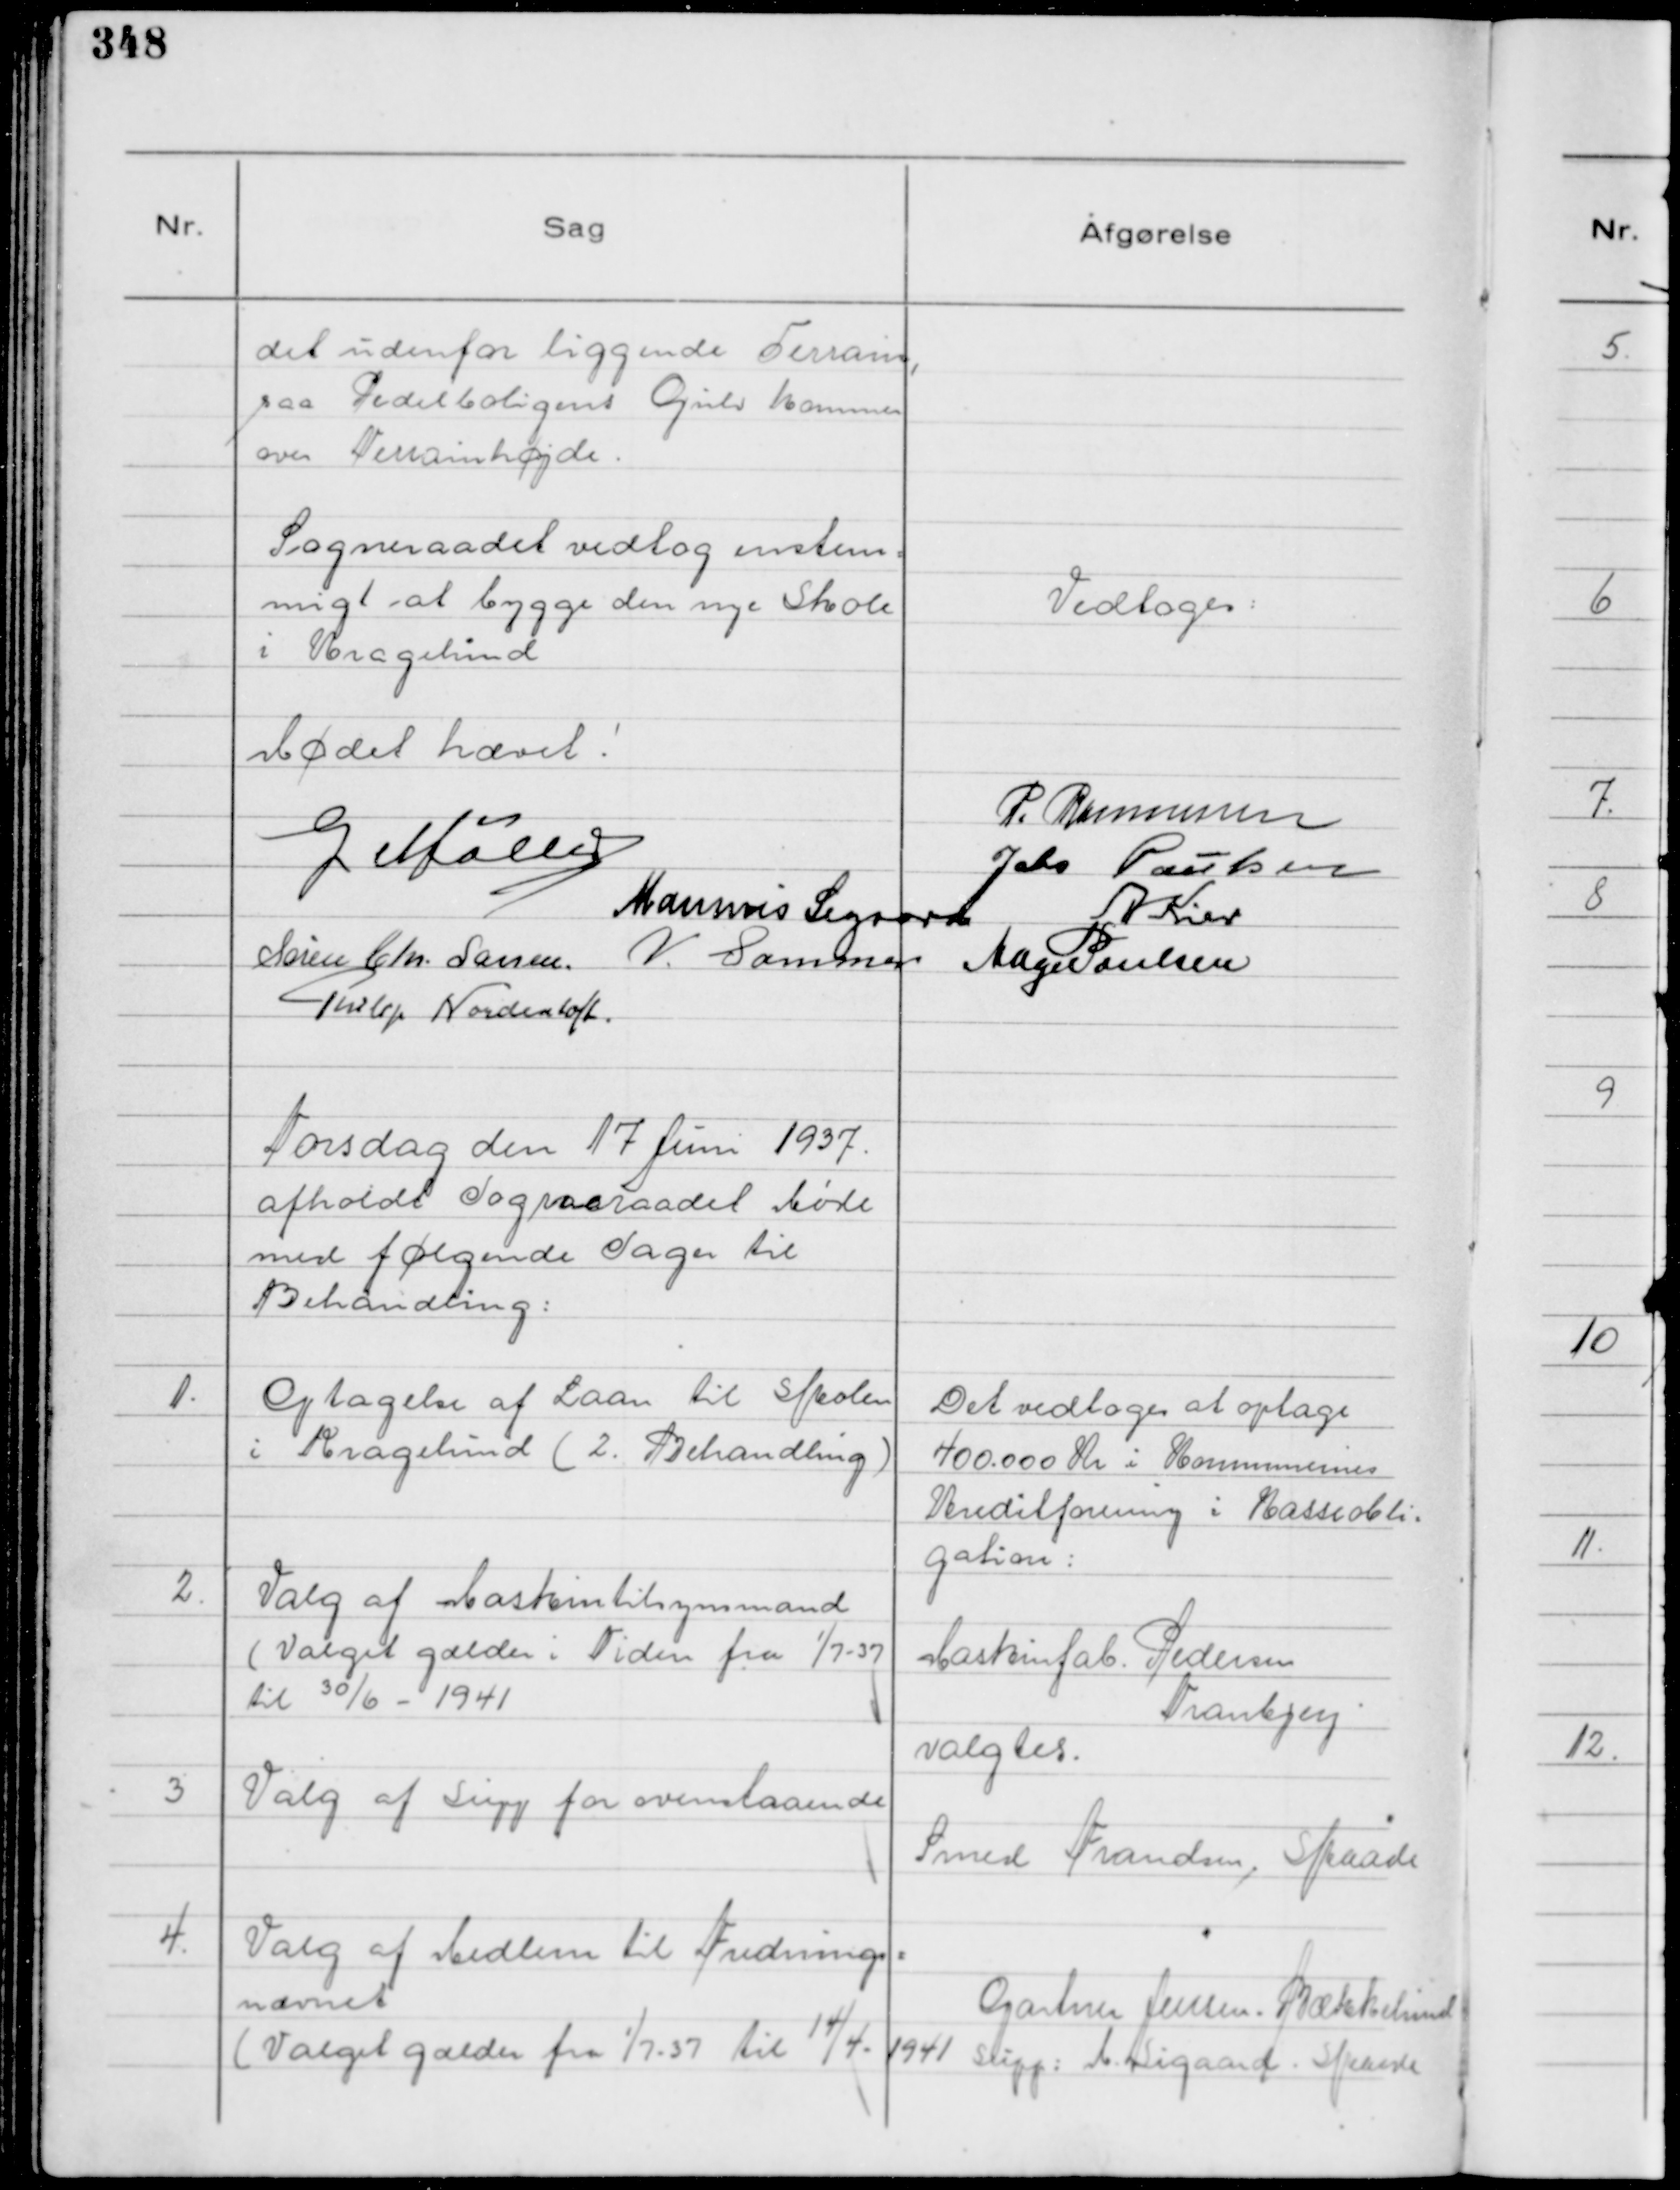
Transskription:
det udenfor liggende Terrain,
saa Pedelboligens Gulv kommer
over Terrainhøjde.

Sogneraadet vedtog enstem=
migt at bygge den nye Skole
i Kragelund

Vedtoges:

Mødet hævet!
P. Rasmussen
G Møller
Johs Poulsen
Marinus Sigaard
A Kier
Søren Chr. Larsen.
V. Sommer
Aage Poulsen
Philip Nordentoft.

Torsdag den 17 Juni 1937.
afholdt Sogneraadet Møde
med følgende Sager til
Behandling:

1.
Optagelse af Laan til Skolen
i Kragelund ( 2. Behandling )

Det vedtoges at optage
400.000 Kr i Kommunernes
Kreditforening i Kasseobli=
gation:

2
Valg af Maskintilsynsmand
( Valget gælder i Tiden fra

1/7 - 37
til 30/6 - 1941

Maskinfab. Pedersen
Tranbjerg
valgtes.

3
Valg af Supp for ovenstaaende

Smed Frandsen, Skaade

4.
Valg af Medlem til Frednings=
nævnet
( Valget gælder fra

1/7 - 37 til

14/4 - 1941

Gartner Jensen. Bækkelund
Supp: M. Sigaard. Skaade